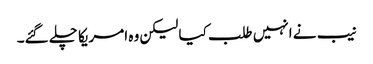
نیب نے انہیں طلب کیا لیکن وہ امریکا چلے گئے۔